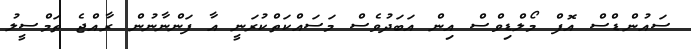
ސައުންޑްސް އޮފް މޯލްޑިވްސް އިން އަބަދުވެސް މަސައްކަތްކުރަނީ އާ ފަންނާނުން ރާއްޖެ ތަމްސީލު